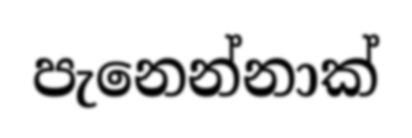
පැනෙන්නාක්